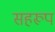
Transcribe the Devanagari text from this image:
सहरूप